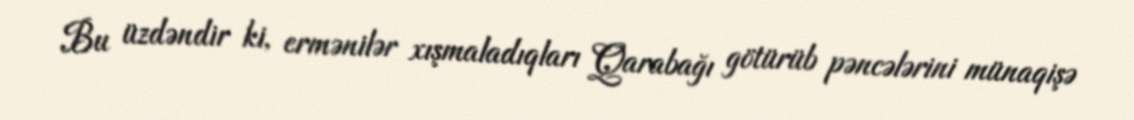
Bu üzdəndir ki, ermənilər xışmaladıqları Qarabağı götürüb pəncələrini münaqişə